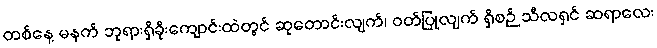
တစ်နေ့ မနက် ဘုရားရှိခိုးကျောင်းထဲတွင် ဆုတောင်းလျက်၊ ဝတ်ပြုလျက် ရှိစဉ် သီလရှင် ဆရာလေး